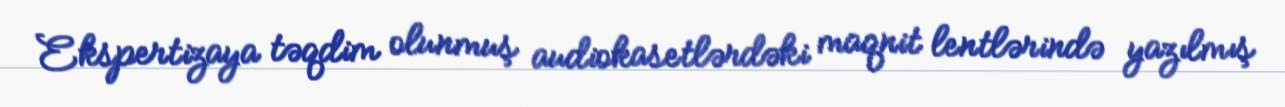
Ekspertizaya təqdim olunmuş audiokasetlərdəki maqnit lentlərində yazılmış